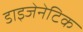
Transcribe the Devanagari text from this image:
डाइजेनेटिक